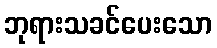
ဘုရားသခင်ပေးသော